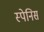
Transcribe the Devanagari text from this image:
स्पेनिस